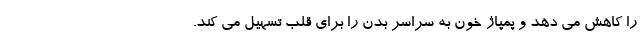
را کاهش می دهد و پمپاژ خون به سراسر بدن را برای قلب تسهیل می کند.